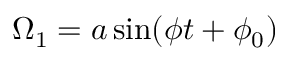
\Omega _ { 1 } = a \sin ( \phi t + \phi _ { 0 } )